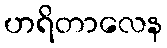
ဟရိတာလေန